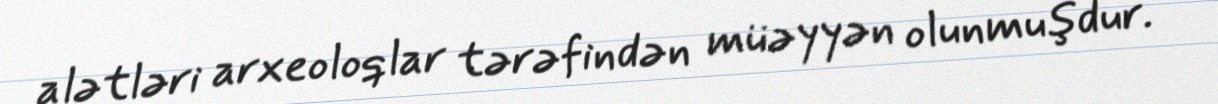
alətləri arxeoloqlar tərəfindən müəyyən olunmuşdur.